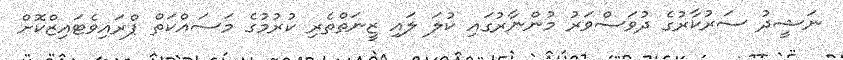
ނަޝީދު ސަރުކާރުގެ ދުވަސްވަރު މުންނާރުގައި ކުލަ ލައި ޒީނަތްތެރި ކުރުމުގެ މަސައްކަތް ޕްރައިވެޓައިޒްކޮށް